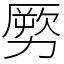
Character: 𠢤